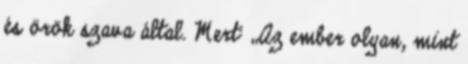
és örök szava által. Mert: „Az ember olyan, mint